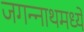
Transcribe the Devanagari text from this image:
जगन्‍नाथमध्ये